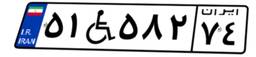
۹۷W۹۴۷۸۹